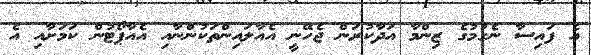
އެ ފައިސާ ނެގުމުގެ ޒިންމާ އަދާކުރަން ޖެހޭނީ އެއާލައިންތަކުންނާއި އެއާޕޯޓުން ކަމަށާއި އެ